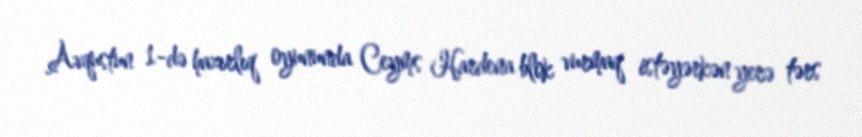
Avqustun 1-də hazırlıq oyununda Ceyms Hardena blok vurmaq istəyərkən yerə tərs